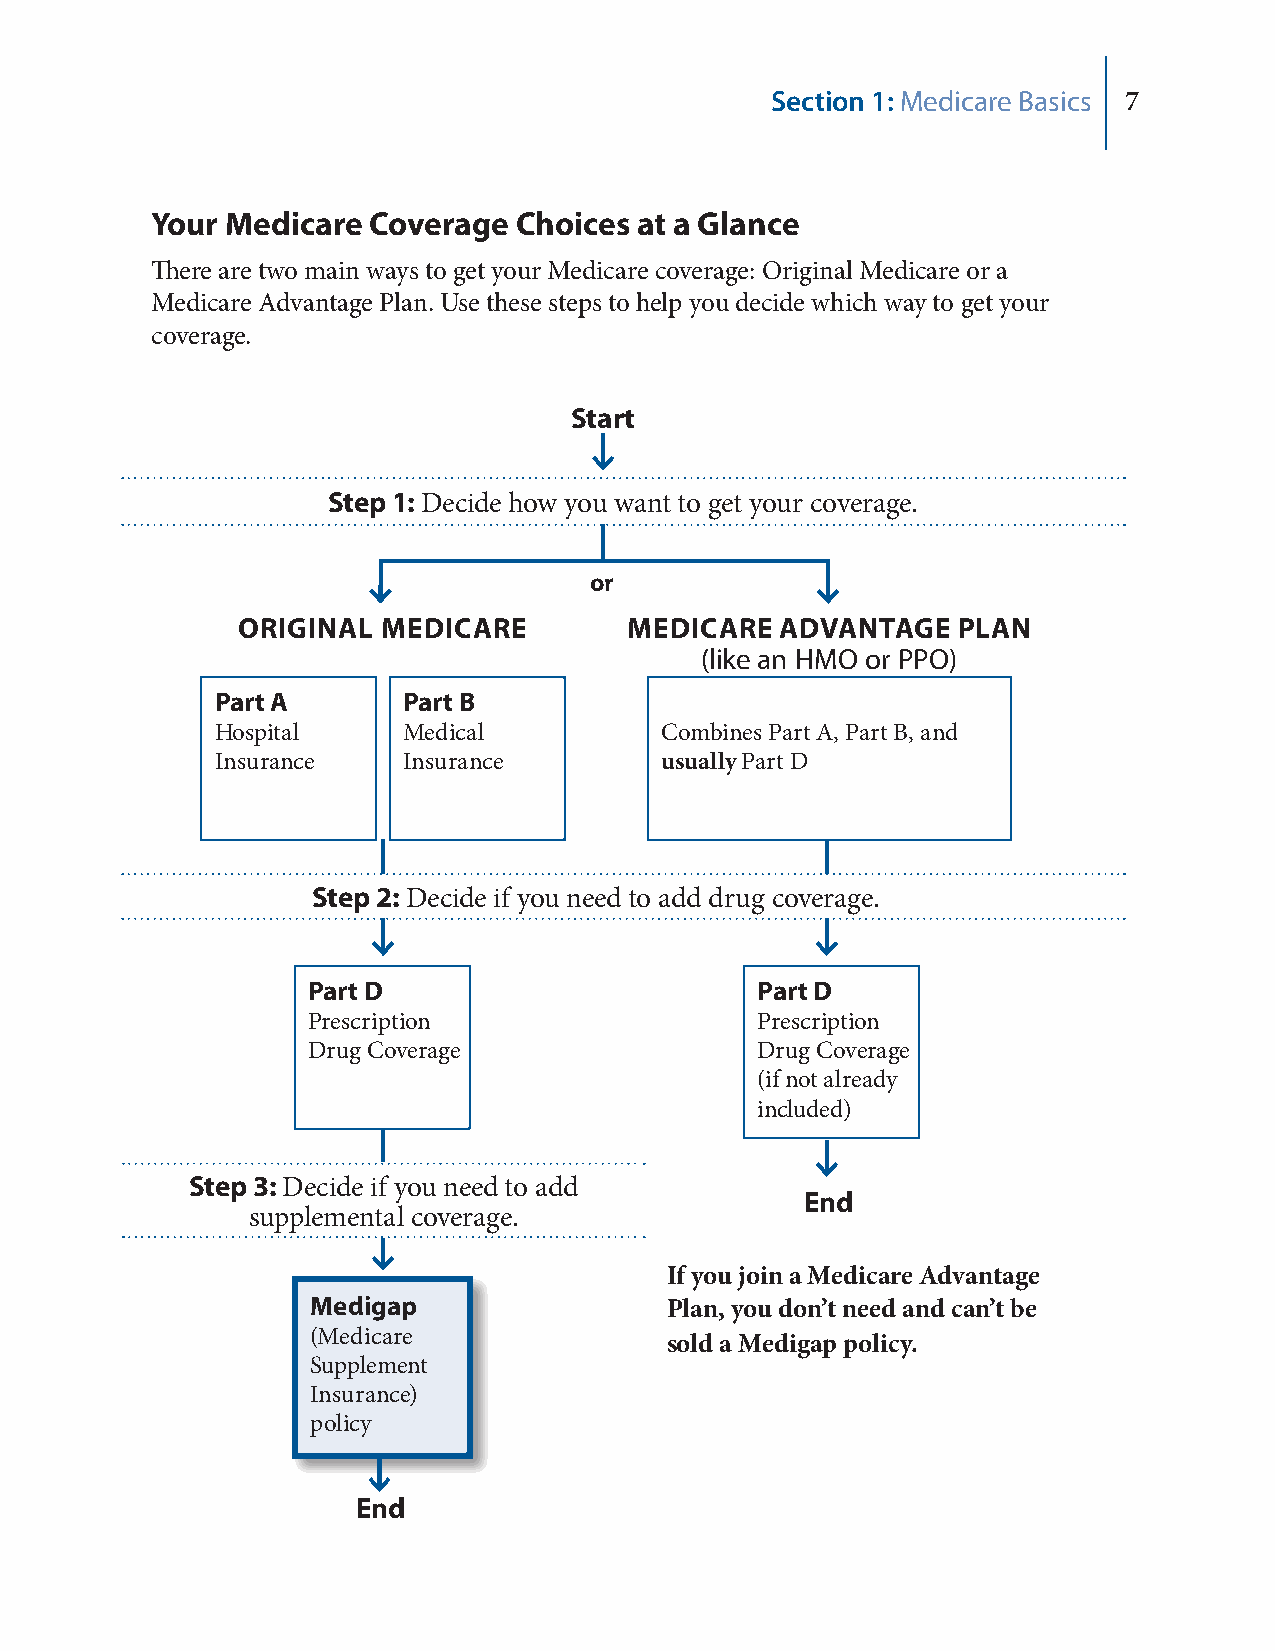
Section 1: Medicare Basics 7
 Your Medicare Coverage  Choices at a Glance
 There are two main ways to get your Medicare coverage: Original Medicare or a
 Medicare Advantage Plan. Use these steps to help you decide which way to get your
 coverage.
 Start
 Step 1: Decide how you want to get your coverage.
 or
 ORIGINAL MEDICARE         MEDICARE  ADVANTAGE  PLAN
 (like an HMO or PPO)
 Part A       Part B           Part C
 Hospital     Medical          Combines Part A, Part B, and
 Insurance    Insurance        usually Part D
 Step 2: Decide if you need to add drug coverage.
 Part D                        Part D
 Prescription                  Prescription
 Drug Coverage                 Drug Coverage
 (if not already
 included)
 Step 3: Decide if you need to add
 End
 supplemental coverage.
 If you join a Medicare Advantage
 Medigap                Plan, you don’t need and can’t be
 (Medicare
 sold a Medigap policy.
 Supplement
 Insurance)
 policy
 End